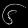
Digit: ၆